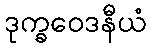
ဒုက္ခဝေဒနီယံ